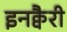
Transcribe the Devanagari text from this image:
इनक्वैरी